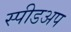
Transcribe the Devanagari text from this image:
स्पीडअप